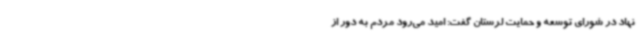
نهاد در شورای توسعه و حمایت لرستان گفت: امید می‌رود مردم به دور از